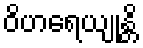
ဝိဟရေယျုန္တိ